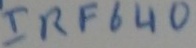
Text: IRF640